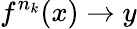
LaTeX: f^{n_{k}}(x)\rightarrow y